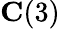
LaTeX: \mathbf{C}(3)